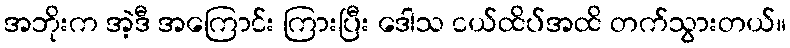
အဘိုးက အဲ့ဒီ အကြောင်း ကြားပြီး ဒေါသ ငယ်ထိပ်အထိ တက်သွားတယ်။